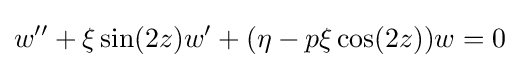
w^{\prime \prime }+\xi \sin(2z)w^{\prime }+(\eta -p\xi \cos(2z))w=0